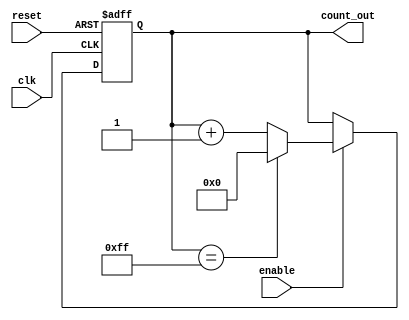
module memory_blocks_up_counter #(
    parameter N = 8  // Configurable size of the counter (in bits)
) (
    input wire clk,         // Clock signal
    input wire reset,       // Asynchronous active-high reset
    input wire enable,      // Active-high enable signal
    output reg [N-1:0] count_out // Current count value
);

    // Synchronous process for counting
    always @(posedge clk or posedge reset) begin
        if (reset) begin
            count_out <= 0; // Reset the counter to 0
        end else if (enable) begin
            if (count_out == {N{1'b1}}) begin
                count_out <= 0; // Reset to 0 on overflow
            end else begin
                count_out <= count_out + 1; // Increment the counter
            end
        end
    end

endmodule